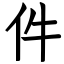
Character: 件